Source: Handwritten
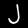
Digit: ၂ (2)